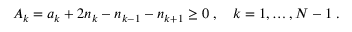
A _ { k } = a _ { k } + 2 n _ { k } - n _ { k - 1 } - n _ { k + 1 } \geq 0 \; , \quad k = 1 , \ldots , N - 1 \; .